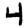
Digit: 4